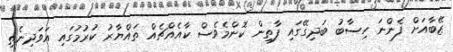
ޒޭބާއަށް ފެންނަ ހިސާބު ބަދިގޭގައި ފާތިން ކޮންމެވެސް ކާއެއްޗެއް ތައްޔާރު ކުރުމުގައި އަވަދިނެތި